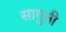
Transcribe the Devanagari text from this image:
सागुती